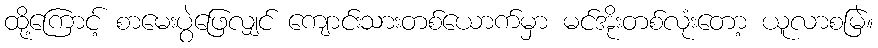
ထို့ကြောင့် စာမေးပွဲဖြေလျှင် ကျောင်းသားတစ်ယောက်မှာ မင်အိုးတစ်လုံးတော့ ယူလာစမြဲ။